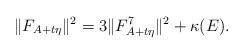
LaTeX: \begin{align*}\|F_{A+t\eta}\|^{2}=3\|F^{7}_{A+t\eta}\|^{2}+\kappa(E).\end{align*}